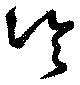
冷